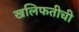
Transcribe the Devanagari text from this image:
खलिफतीची